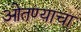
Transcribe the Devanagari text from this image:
ओतण्याचा